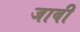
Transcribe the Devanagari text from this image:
जाबी